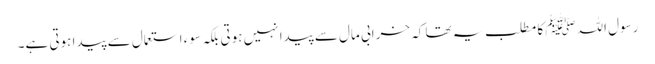
رسول اللہﷺ کا مطلب یہ تھا کہ خرابی مال سے پیدا نہیں ہوتی بلکہ سوء استعمال سے پیدا ہوتی ہے۔